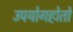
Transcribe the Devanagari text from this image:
उपयोगहोतो